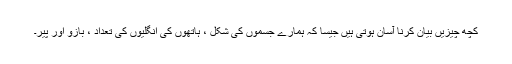
کچھ چیزیں بیان کرنا آسان ہوتی ہیں جیسا کہ ہمارے جسموں کی شکل ، ہاتھوں کی انگلیوں کی تعداد ، بازو اور پیر۔